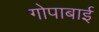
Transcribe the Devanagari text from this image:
गोपाबाई